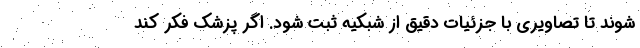
شوند تا تصاویری با جزئیات دقیق از شبکیه ثبت شود. اگر پزشک فکر کند